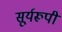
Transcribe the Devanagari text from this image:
सूर्यरूपी